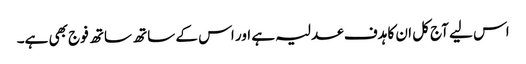
اس لیے آج کل ان کا ہدف عدلیہ ہے اور اس کے ساتھ ساتھ فوج بھی ہے۔